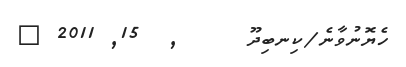
ހެޔޮނުވާނެ/ކިނބިދޫ